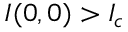
I ( 0 , 0 ) > I _ { c }